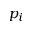
p _ { i }